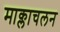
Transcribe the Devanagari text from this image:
माक्लाचलन